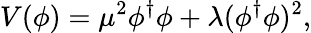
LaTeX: V(\phi)=\mu^{2}\phi^{\dagger}\phi+\lambda(\phi^{\dagger}\phi)^{2},